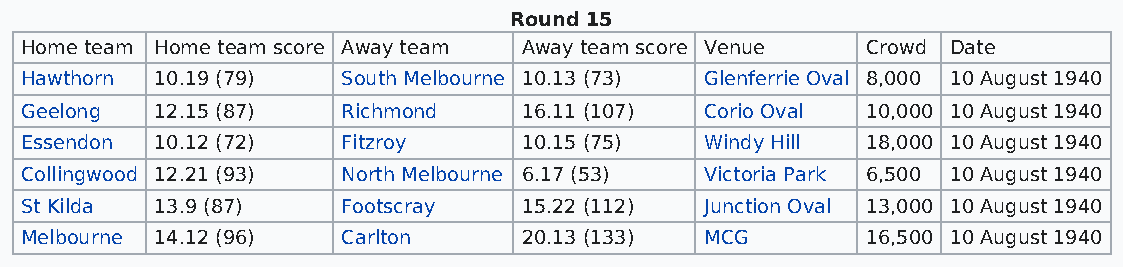
Round 15
 Home team Home team score Away team Away team score Venue Crowd Date
 Hawthorn 10.19 (79)   South Melbourne 10.13 (73) Glenferrie Oval 8,000 10 August 1940
 Geelong  12.15 (87)   Richmond    16.11 (107) Corio Oval 10,000 10 August 1940
 Essendon 10.12 (72)   Fitzroy     10.15 (75)  Windy Hill 18,000 10 August 1940
 Collingwood 12.21 (93) North Melbourne 6.17 (53) Victoria Park 6,500 10 August 1940
 St Kilda 13.9 (87)    Footscray   15.22 (112) Junction Oval 13,000 10 August 1940
 Melbourne 14.12 (96)  Carlton     20.13 (133) MCG       16,500 10 August 1940